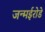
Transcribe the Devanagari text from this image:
जन्मईरोडे